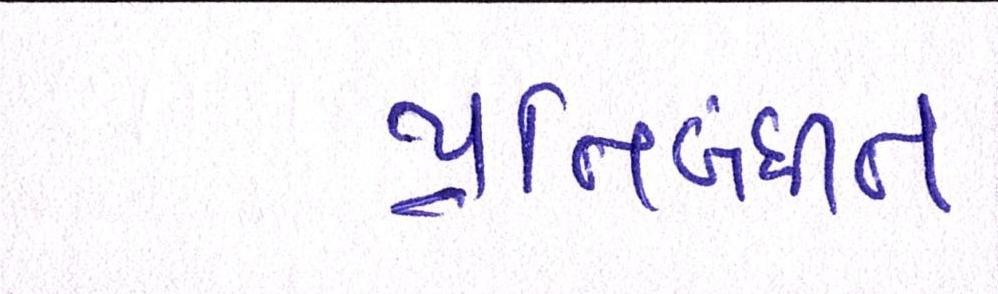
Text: પ્રતિબંધીત